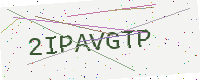
Text: 2IPAVGTP